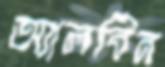
অ্যালবিন